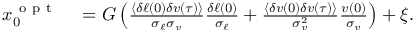
\begin{array} { r l } { x _ { 0 } ^ { \mathrm { ~ o ~ p ~ t ~ } } } & { { } = G \left( \frac { \langle \delta \ell ( 0 ) \delta v ( \tau ) \rangle } { \sigma _ { \ell } \sigma _ { v } } \frac { \delta \ell ( 0 ) } { \sigma _ { \ell } } + \frac { \langle \delta v ( 0 ) \delta v ( \tau ) \rangle } { \sigma _ { v } ^ { 2 } } \frac { v ( 0 ) } { \sigma _ { v } } \right) + \xi . } \end{array}